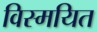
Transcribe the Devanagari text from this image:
विस्मयित